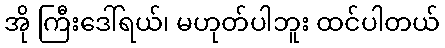
အို ကြီးဒေါ်ရယ်၊ မဟုတ်ပါဘူး ထင်ပါတယ်